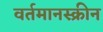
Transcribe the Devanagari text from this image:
वर्तमानस्क्रीन